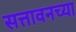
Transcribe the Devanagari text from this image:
सत्तावनच्या